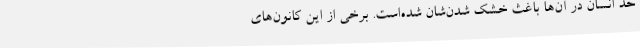
حد انسان در آن‌ها باغث خشک شدن‌شان شده‌است. برخی از این کانون‌های